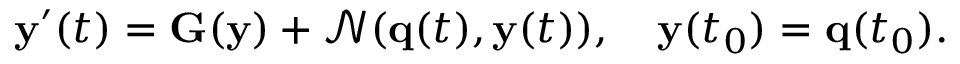
\mathbf { y } ^ { \prime } ( t ) = \mathbf { G } ( \mathbf { y } ) + \mathcal { N } ( \mathbf { q } ( t ) , \mathbf { y } ( t ) ) , \quad \mathbf { y } ( t _ { 0 } ) = \mathbf { q } ( t _ { 0 } ) .